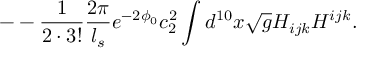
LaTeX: - - \frac { 1 } { 2 \cdot 3 ! } \frac { 2 \pi } { l _ { s } } e ^ { - 2 \phi _ { 0 } } c _ { 2 } ^ { 2 } \int d ^ { 1 0 } x \sqrt { g } H _ { i j k } H ^ { i j k } .